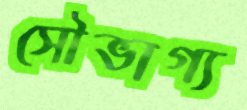
সৌভাগ্য